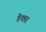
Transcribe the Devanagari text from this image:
डॆक्स